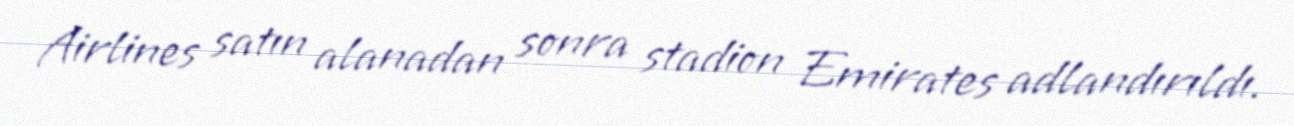
Airlines satın alanadan sonra stadion Emirates adlandırıldı.